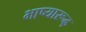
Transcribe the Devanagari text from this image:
भाष्यारूढ़